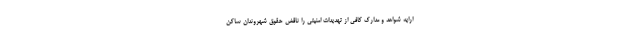
ارایه شواهد و مدارک کافی از تهدیدات امنیتی را ناقض حقوق شهروندان ساکن